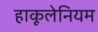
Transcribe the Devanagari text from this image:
हाकूलेनियम